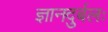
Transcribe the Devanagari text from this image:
ज्ञानदुर्बलः